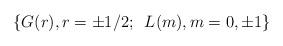
LaTeX: \begin{align*}\{G(r),r = \pm 1/2;\,\,\, L(m),m=0,\pm 1\}\end{align*}